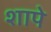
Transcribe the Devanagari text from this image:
शापे